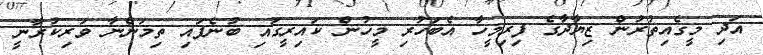
އަދި މީގެއިތުރުން ޒިޔާދާގެ ފިރިމީހާ އެބަހުރި މީހުން ކައިރީގައި ބުނެފައި ތިމަންނާ ވަރިކުރާނީ